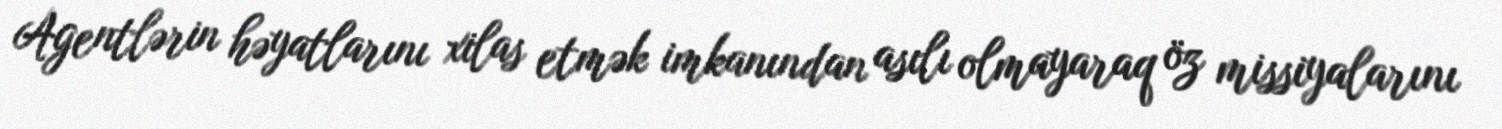
Agentlərin həyatlarını xilas etmək imkanından asılı olmayaraq öz missiyalarını